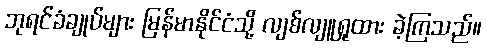
ဘုရင်ခံချုပ်များ မြန်မာနိုင်ငံသို့ လျစ်လျူရှုထား ခဲ့ကြသည်။